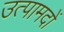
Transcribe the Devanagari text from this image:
उत्पामदों